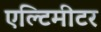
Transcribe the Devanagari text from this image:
एल्टिमीटर